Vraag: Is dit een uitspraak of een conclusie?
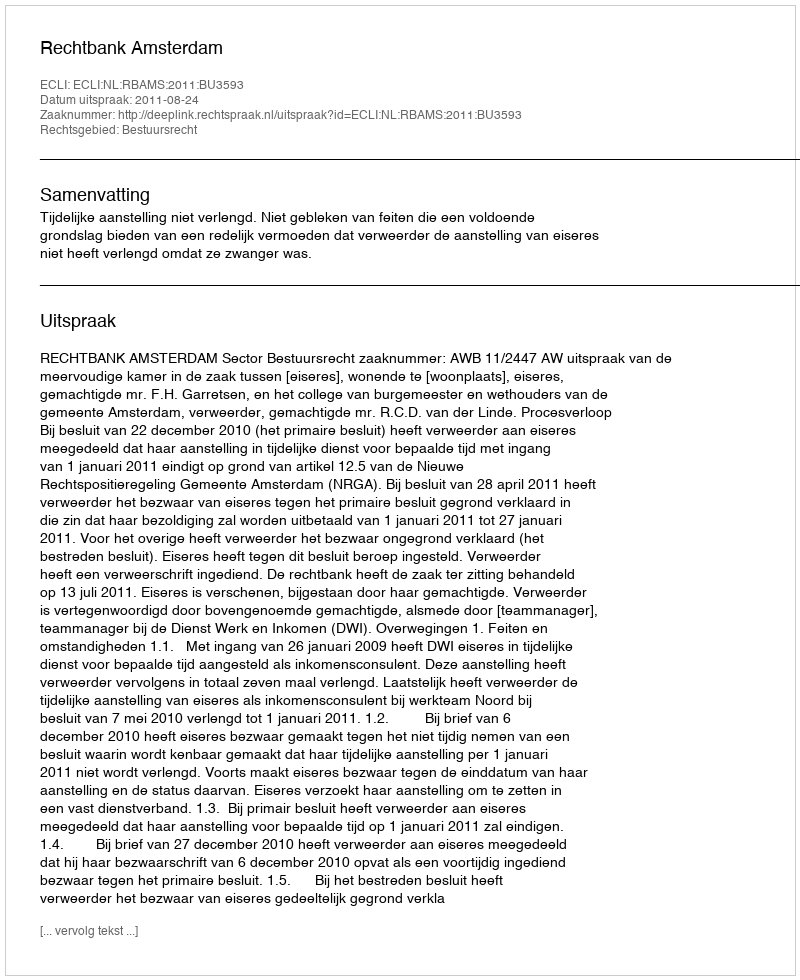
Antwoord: Uitspraak